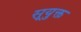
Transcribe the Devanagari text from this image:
सूयुक्त